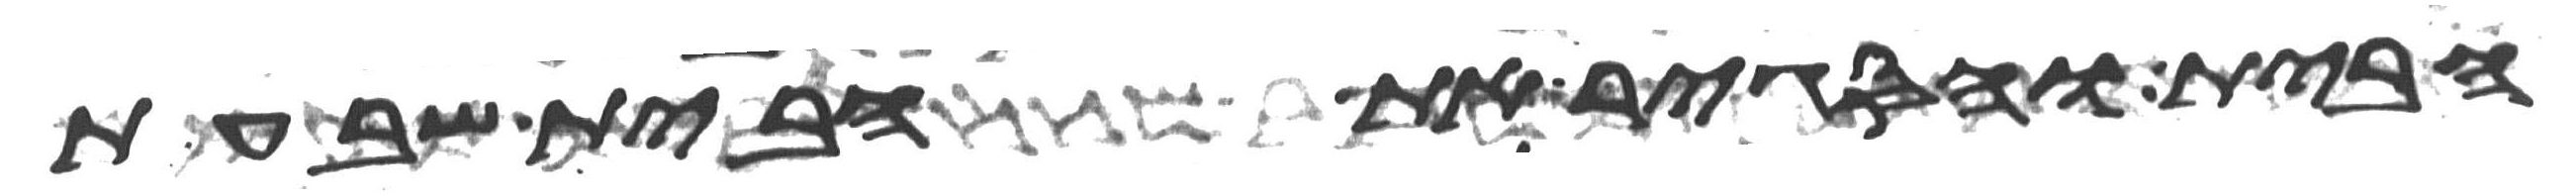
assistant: הבית והסגיר את הבית שבעת